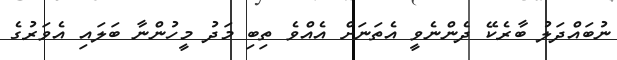
ނުބައްދަލު ބާރެކޭ ދެންނެވީ އެތަނަށް އެއްވެ ތިބި މަދު މީހުންނާ ބަލައި އެވަރުގެ